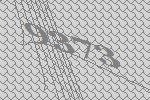
9373